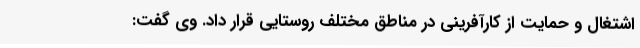
اشتغال و حمایت از کارآفرینی در مناطق مختلف روستایی قرار داد. وی گفت: